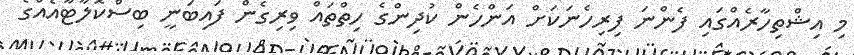
މިި އިޝްތިހާރެއްގައި ފެންނަ ފިރިހެނަކަށް އަންހެން ކުދިންގެ ހިތްތައް ވިރިގެން ފައިބަނީ ބިސްކޮލާޓާއެއްގެ